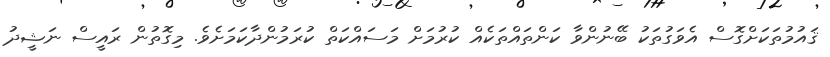
ޤައުމުތަކަށްގޮސް އެވަގުތަކު ބޭނުންވާ ކަންތައްތަކެއް ކުރުމަށް މަސައްކަތް ކުރަމުންދާކަމަށެވެ. މިގޮތުން ރައީސް ނަޝީދު